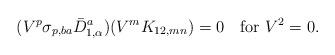
LaTeX: \begin{align*}(V^p\sigma_{p,ba} \bar D^a_{1,\alpha}) (V^m K_{12,mn})=0 \quad\mbox{for }V^2=0.\end{align*}